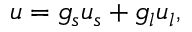
\boldsymbol { u } = g _ { s } \boldsymbol { u } _ { s } + g _ { l } \boldsymbol { u } _ { l } ,